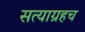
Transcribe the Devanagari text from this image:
सत्याग्रहच